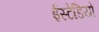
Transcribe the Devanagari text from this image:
ईस्टेडियो